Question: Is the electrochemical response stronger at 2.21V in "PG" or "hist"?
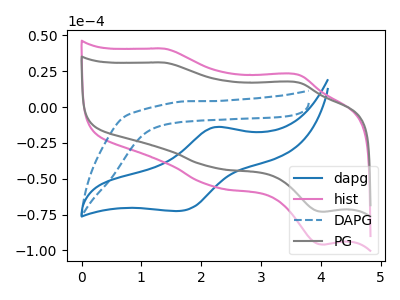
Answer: <think>The blue curve "dapg" has an anodic peak at (2.25V, -13.95uA) and a cathodic peak at (1.65V, -72.50uA). The pink curve "hist" has anodic peaks at (1.40V, 40.70uA) (3.65V, 22.50uA) and cathodic peaks at (2.20V, -55.50uA) (4.05V, -95.95uA). The blue dashed curve "DAPG" has no peaks. The gray curve "PG" has anodic peaks at (1.40V, 31.00uA) (3.65V, 17.10uA) and cathodic peaks at (2.20V, -42.25uA) (4.05V, -73.05uA).</think>
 <answer>The peak at 2.21V is lower in "PG" than in "hist".</answer>
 <eval>lower</eval>